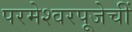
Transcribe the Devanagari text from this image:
परमेश्वरपूजेचीं